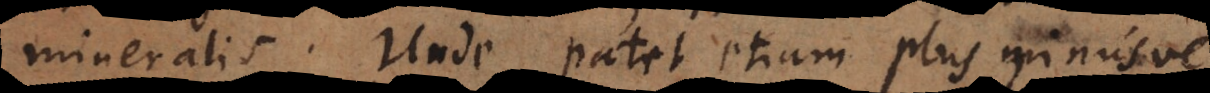
mineralis. Unde patet etiam plus minusve